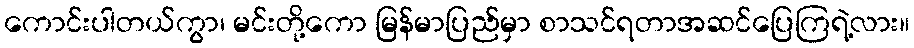
ကောင်းပါတယ်ကွာ၊ မင်းတို့ကော မြန်မာပြည်မှာ စာသင်ရတာအဆင်ပြေကြရဲ့လား။